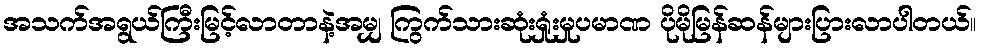
အသက်အရွယ်ကြီးမြင့်လာတာနဲ့အမျှ ကြွက်သားဆုံးရှုံးမှုပမာဏ ပိုမိုမြန်ဆန်များပြားလာပါတယ်။